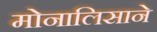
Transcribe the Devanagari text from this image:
मोनालिसाने